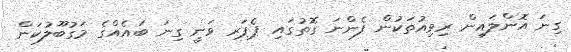
ގިނަ އޮންލައިން ރިވިއުތަކުން ފެންނަ ގޮތުގައި ޕެޕަރ ވަނީ ގިނަ ބައެއްގެ މަގުބޫލުކަން